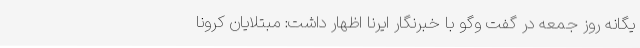
یگانه روز جمعه در گفت وگو با خبرنگار ایرنا اظهار داشت: مبتلایان کرونا